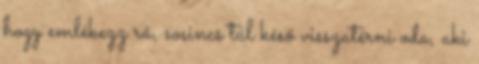
hogy emlékezz rá, sosincs túl késő visszatérni oda, aki